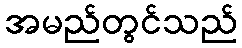
အမည်တွင်သည်